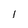
Character: I